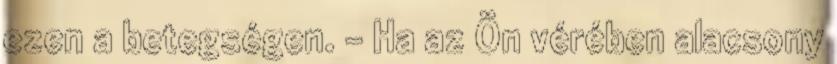
ezen a betegségen. - Ha az Ön vérében alacsony